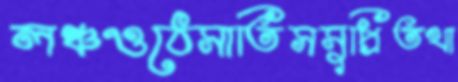
লঞ্চওঠেসাতিসসুপ্রিতথা